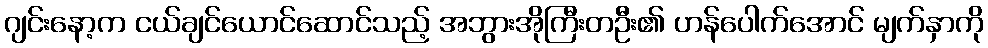
ဂျင်းနော့က ငယ်ချင်ယောင်ဆောင်သည့် အဘွားအိုကြီးတဦး၏ ဟန်ပေါက်အောင် မျက်နှာကို